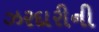
ઝરદારીની